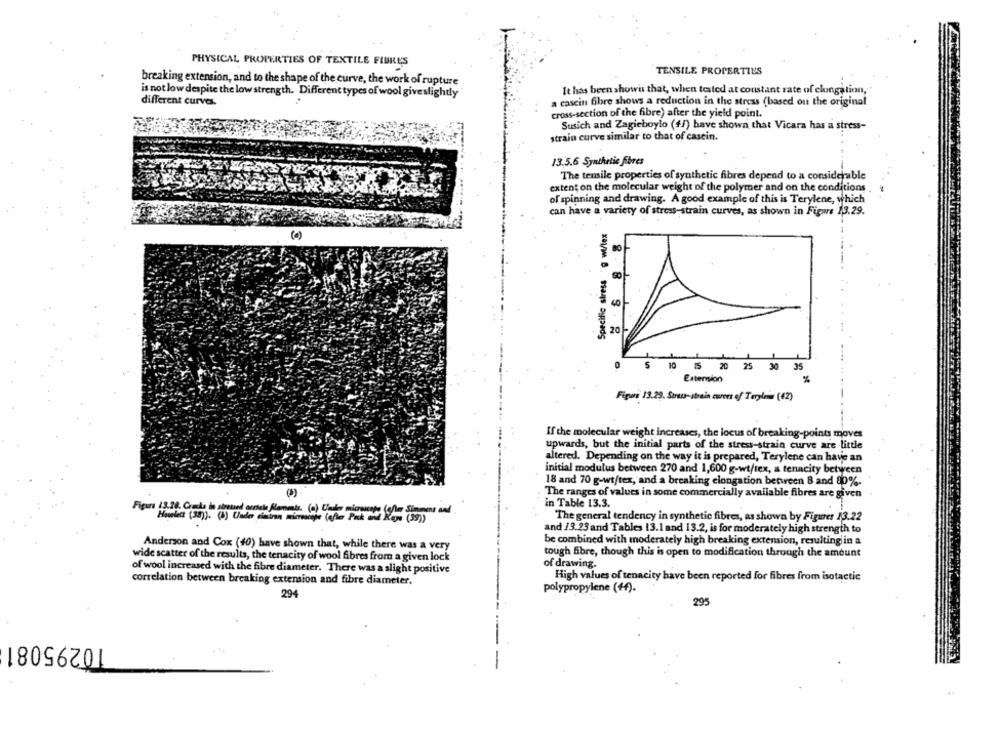
PHYSICAL PROPERTIES OF TEXTILE FLURES
TENSILE PROPERTIES
breaking extension, and to the shape of the curve, the work of rupture
is not low despite the low strength. Different types of wool give slightly
It has been showis that, when tested at constant rate of elongation,
different curves.
a cascin Bbre shows a reduction in the stress (based on the original
cross-section of the fibre) after the yield point.
Susich and Zagieboylo (f/) have shown that Vicara has a stress-
strain curve similar to that of casein.
13.5.6 Synthetic fibres
The tensile properties of synthetic fibres depend to a considerable
extent on the molecular weight of the polymer and on the conditions
of spinning and drawing. A good example of this is Terylene, which
can have a variety of stress-strain curves, as shown in Figure 13.29.
Specific stress g wilex
80
20-
10 1 20 25 30
35
Extension
%
Figure 13.29. Sıraus-strain curves of Tarylen (47)
If the molecular weight increases, the locus of breaking-points moves
upwards, but the initial parts of the stress-strain curve are little
altered. Depending on the way it is prepared, Terylene can have an
initial modulus between 270 and 1,600 g-wt/tex, a tenacity between
18 and 70 g-wt/tex, and a breaking elongation between 8 and 80%.
The ranges of values in some commercially available fibres are given
in Table 13.3.
Figure 13.38. Crucis in stretand anchele Moments. (a) Ciador microscope (g/har Simmons and
Huelett (38)). (1) Under cinin microcape (after Pack til Key (39))
The general tendency in synthetic fibres, as shown by Figurer 13.22
and /3.23 and Tables 13.1 and 13.2, is for moderately high strength to
be combined with moderately high breaking extension, resulting in a
Anderson and Cox (40) have shown that, while there was a very
tough fibre, though this is open to modification through the amount
wide scatter of the results, the tenacity of wool fibres from a given lock
of wool increased with the fibre diameter. There was a slight positive
of drawing.
High values of tenacity have been reported for fibres from isotactic
correlation between breaking extension and fibre diameter.
polypropylene (+f).
294
295
10295081